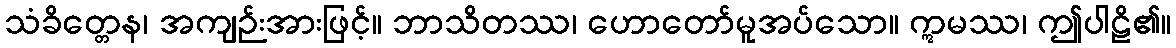
သံခိတ္တေန၊ အကျဉ်းအားဖြင့်။ ဘာသိတဿ၊ ဟောတော်မူအပ်သော။ ဣမဿ၊ ဤပါဠိ၏။